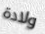
ولادة